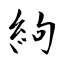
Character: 絇